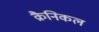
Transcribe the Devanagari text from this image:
क्रैनिकल